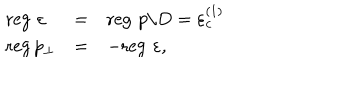
\begin{array} { l l l } { { \mathrm { r e g } \, \, \varepsilon } } & { { = } } & { { \mathrm { r e g } \, \, p / D = \varepsilon _ { c } ^ { ( 1 ) } } } \\ { { \mathrm { r e g \, } p _ { \perp } } } & { { = } } & { { - \mathrm { r e g } \, \, \varepsilon , } } \\ \end{array}